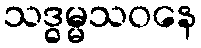
သဒ္ဓမ္မသဝနေ